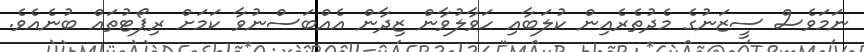
ނަމަވެސް ސީޒަނުގެ މެދުތެރެއިން ކުލަބާއި ހަވާލުވާން ޒިދާން އެއްބަސްނުވާ ކަމަށް ރިޕޯޓުތައް ބުނެއެވެ.